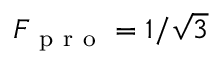
F _ { \mathrm { ~ p ~ r ~ o ~ } } = 1 / \sqrt { 3 }